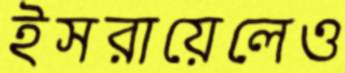
ইসরায়েলেও